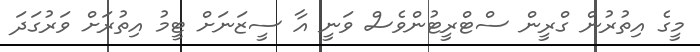
މީގެ އިތުރުން ގްރީން ސްޓްރީޓުންވެސް ވަނީ އާ ސީޒަނަށް ޓީމު އިތުރަށް ވަރުގަދަ